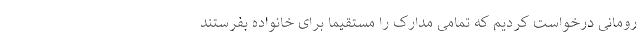
رومانی درخواست کردیم که تمامی مدارک را مستقیماً برای خانواده بفرستند